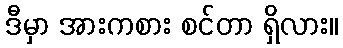
ဒီမှာ အားကစား စင်တာ ရှိလား။